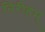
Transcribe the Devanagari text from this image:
निरीहम्